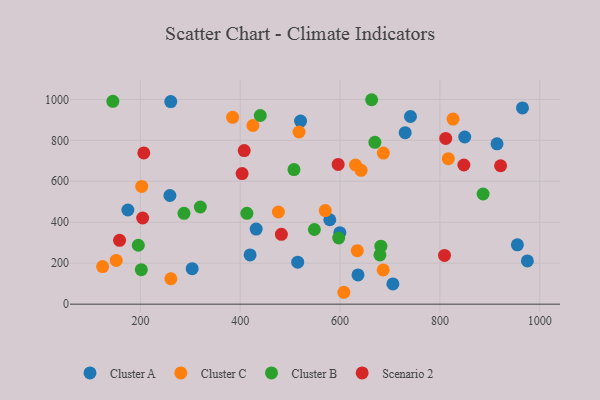
{"axis": {"x": "Ad Spend", "y": "Salary"}, "legend": ["Cluster A", "Cluster B", "Cluster C", "Scenario 2"], "data": [{"x": "730.4", "y": 837.5, "type": "Cluster A"}, {"x": "303.7", "y": 173.2, "type": "Cluster A"}, {"x": "955.2", "y": 289.8, "type": "Cluster A"}, {"x": "174.9", "y": 459.9, "type": "Cluster A"}, {"x": "515.1", "y": 205.2, "type": "Cluster A"}, {"x": "635.9", "y": 142.9, "type": "Cluster A"}, {"x": "741.0", "y": 916.4, "type": "Cluster A"}, {"x": "849.7", "y": 816.3, "type": "Cluster A"}, {"x": "579.4", "y": 412.3, "type": "Cluster A"}, {"x": "599.5", "y": 349.3, "type": "Cluster A"}, {"x": "914.4", "y": 783.1, "type": "Cluster A"}, {"x": "419.7", "y": 240.6, "type": "Cluster A"}, {"x": "705.8", "y": 98.9, "type": "Cluster A"}, {"x": "431.9", "y": 366.5, "type": "Cluster A"}, {"x": "260.8", "y": 989.4, "type": "Cluster A"}, {"x": "975.2", "y": 211.2, "type": "Cluster A"}, {"x": "520.8", "y": 894.2, "type": "Cluster A"}, {"x": "965.4", "y": 958.2, "type": "Cluster A"}, {"x": "259.1", "y": 530.7, "type": "Cluster A"}, {"x": "686.4", "y": 167.3, "type": "Cluster C"}, {"x": "151.5", "y": 213.8, "type": "Cluster C"}, {"x": "630.9", "y": 679.6, "type": "Cluster C"}, {"x": "202.6", "y": 574.7, "type": "Cluster C"}, {"x": "261.0", "y": 124.1, "type": "Cluster C"}, {"x": "642.1", "y": 653.6, "type": "Cluster C"}, {"x": "570.3", "y": 456.9, "type": "Cluster C"}, {"x": "517.8", "y": 840.7, "type": "Cluster C"}, {"x": "124.3", "y": 183.8, "type": "Cluster C"}, {"x": "607.5", "y": 58.1, "type": "Cluster C"}, {"x": "826.3", "y": 903.7, "type": "Cluster C"}, {"x": "425.4", "y": 872.3, "type": "Cluster C"}, {"x": "686.7", "y": 737.6, "type": "Cluster C"}, {"x": "816.8", "y": 710.2, "type": "Cluster C"}, {"x": "476.4", "y": 450.1, "type": "Cluster C"}, {"x": "384.7", "y": 912.5, "type": "Cluster C"}, {"x": "634.5", "y": 261.4, "type": "Cluster C"}, {"x": "413.3", "y": 443.8, "type": "Cluster B"}, {"x": "548.5", "y": 364.7, "type": "Cluster B"}, {"x": "681.7", "y": 283.2, "type": "Cluster B"}, {"x": "507.6", "y": 657.0, "type": "Cluster B"}, {"x": "144.8", "y": 990.6, "type": "Cluster B"}, {"x": "440.1", "y": 921.2, "type": "Cluster B"}, {"x": "663.2", "y": 998.2, "type": "Cluster B"}, {"x": "195.8", "y": 287.6, "type": "Cluster B"}, {"x": "287.3", "y": 443.7, "type": "Cluster B"}, {"x": "201.8", "y": 168.2, "type": "Cluster B"}, {"x": "320.0", "y": 474.5, "type": "Cluster B"}, {"x": "669.7", "y": 790.4, "type": "Cluster B"}, {"x": "886.5", "y": 537.9, "type": "Cluster B"}, {"x": "679.8", "y": 240.6, "type": "Cluster B"}, {"x": "597.2", "y": 323.1, "type": "Cluster B"}, {"x": "809.2", "y": 237.9, "type": "Scenario 2"}, {"x": "206.8", "y": 738.7, "type": "Scenario 2"}, {"x": "848.0", "y": 679.6, "type": "Scenario 2"}, {"x": "158.2", "y": 311.6, "type": "Scenario 2"}, {"x": "596.1", "y": 682.3, "type": "Scenario 2"}, {"x": "921.5", "y": 675.8, "type": "Scenario 2"}, {"x": "403.7", "y": 637.6, "type": "Scenario 2"}, {"x": "204.5", "y": 420.8, "type": "Scenario 2"}, {"x": "811.6", "y": 809.2, "type": "Scenario 2"}, {"x": "482.4", "y": 340.8, "type": "Scenario 2"}, {"x": "407.9", "y": 750.0, "type": "Scenario 2"}]}